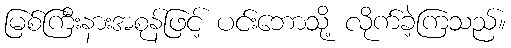
မြစ်ကြီးနားအစုန်ဖြင့် ပင်းဘောသို့ လိုက်ခဲ့ကြသည်။